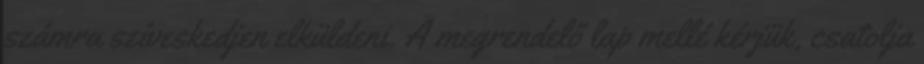
számra szíveskedjen elküldeni. A megrendelő lap mellé kérjük, csatolja